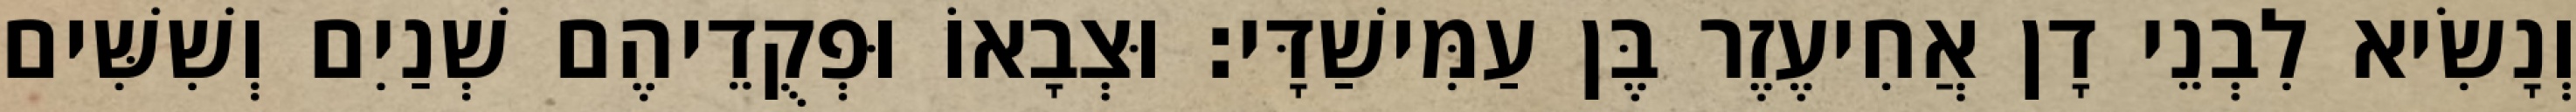
וְנָשִׂיא לִבְנֵי דָן אֲחִיעֶזֶר בֶּן עַמִּישַׁדָּי׃ וּצְבָאוֹ וּפְקֻדֵיהֶם שְׁנַיִם וְשִׁשִּׁים